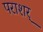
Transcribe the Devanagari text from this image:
पराशर्